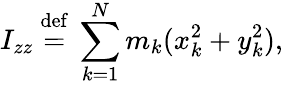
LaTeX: I_{zz}\ {\stackrel{\mathrm{def}}{=}}\ \sum_{k=1}^{N}m_{k}(x_{k}^{2}+y_{k}^{2}),\,